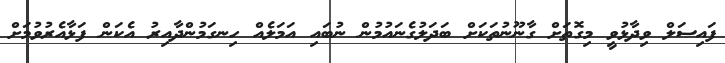
ފައިސަލް ވިދާޅުވީ މިގޮތަށް ގާނޫނުތަކަށް ބަދަލުގެނައުމުން ނުބައި އަމަލެއް ހިނގަމުންދާއިރު އެކަން ފަަޅާއެރުވުމަށް